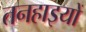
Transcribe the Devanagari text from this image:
तनहाइयों